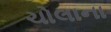
ચોલાના